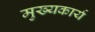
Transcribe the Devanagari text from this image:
मुख्यकार्य